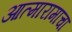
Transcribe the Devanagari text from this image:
आत्मारामाचा